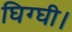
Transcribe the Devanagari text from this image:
घिग्घी।